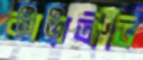
কায়তীতি